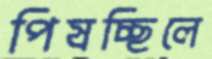
পিষচ্ছিলে